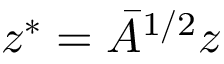
z ^ { * } = \bar { A } ^ { 1 / 2 } z